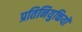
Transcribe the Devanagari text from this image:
प्रतिनियुक्तियों